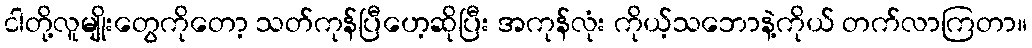
ငါတို့လူမျိုးတွေကိုတော့ သတ်ကုန်ပြီဟေ့ဆိုပြီး အကုန်လုံး ကိုယ့်သဘောနဲ့ကိုယ် တက်လာကြတာ။